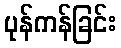
ပုန်ကန်ခြင်း